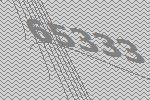
65333